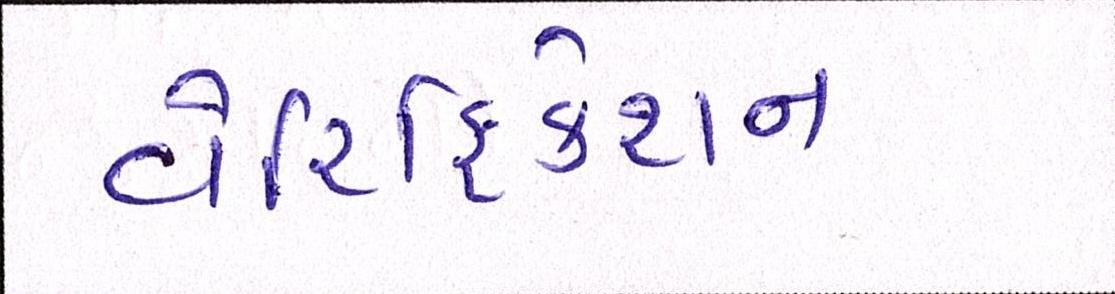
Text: વેરિફિકેશન